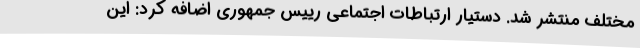
مختلف منتشر شد. دستیار ارتباطات اجتماعی رییس جمهوری اضافه کرد: این